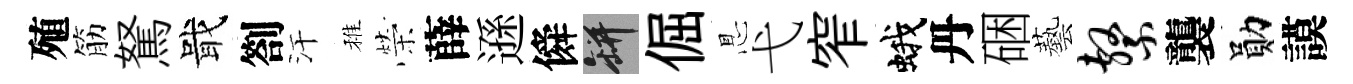
殖筋駑戢劄汗稚榮薛遜僢瓶倔㤙弋窄蛾丹硱藝系襲勛謨